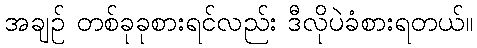
အချဉ် တစ်ခုခုစားရင်လည်း ဒီလိုပဲခံစားရတယ်။